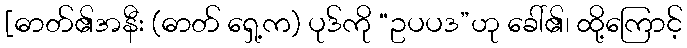
[ဓာတ်၏အနီး (ဓာတ် ရှေ့က) ပုဒ်ကို “ဥပပဒ”ဟု ခေါ်၏၊ ထို့ကြောင့်